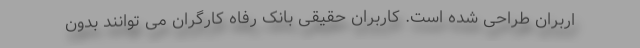
اربران طراحی شده است. کاربران حقیقی بانک رفاه کارگران می توانند بدون